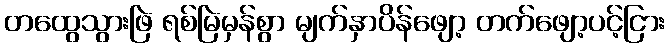
တထွေသွားဖြဲ ရစ်မြဲမှန်စွာ မျက်နှာပိန်ဖျော့ တက်ဖျော့ပင့်ငြား